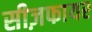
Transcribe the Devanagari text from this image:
सीज़फायर